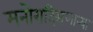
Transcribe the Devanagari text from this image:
मनोरादिसणार्‍या